Document type: Recognition
Year: 1250
Scribe: Pere Marquès
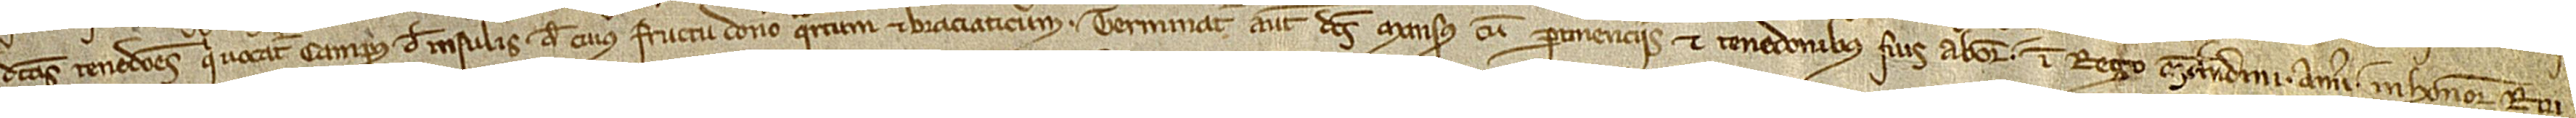
dictas tenedones qui vocatur Campus de Insulis, de cuius fructu dono quartum et braciaticum. Terminatur autem dictus mansus cum pertinenciis et tenedonibus suis ab oriente in rego molendini; a meridie in honore Rai-